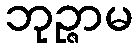
ဘုဉ္ဇာမ